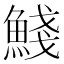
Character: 䱠